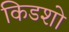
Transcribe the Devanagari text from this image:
किडशो